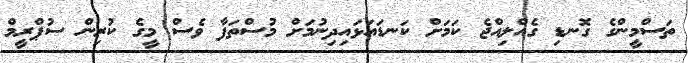
ތަސްމީންގެ ގޮނޑި ގެއްލިއްޖެ ކަމަށް ކަނޑައަޅައިދިނުމަށް މުސްތަފާ ވެސް މީގެ ކުރިން ސުޕްރީމް